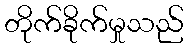
တိုက်ခိုက်မှုသည်